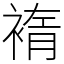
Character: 䙃